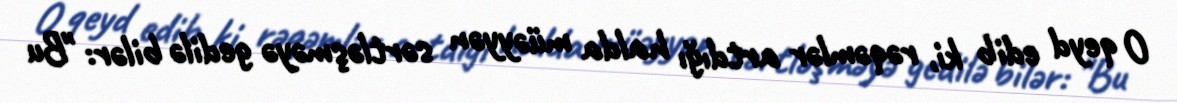
O qeyd edib ki, rəqəmlər artdığı halda müəyyən sərtləşməyə gedilə bilər: "Bu